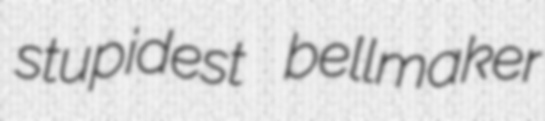
stupidest bellmaker